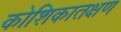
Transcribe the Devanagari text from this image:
कोशिकातक्षण